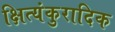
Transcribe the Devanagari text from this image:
क्षित्यंकुरादिक